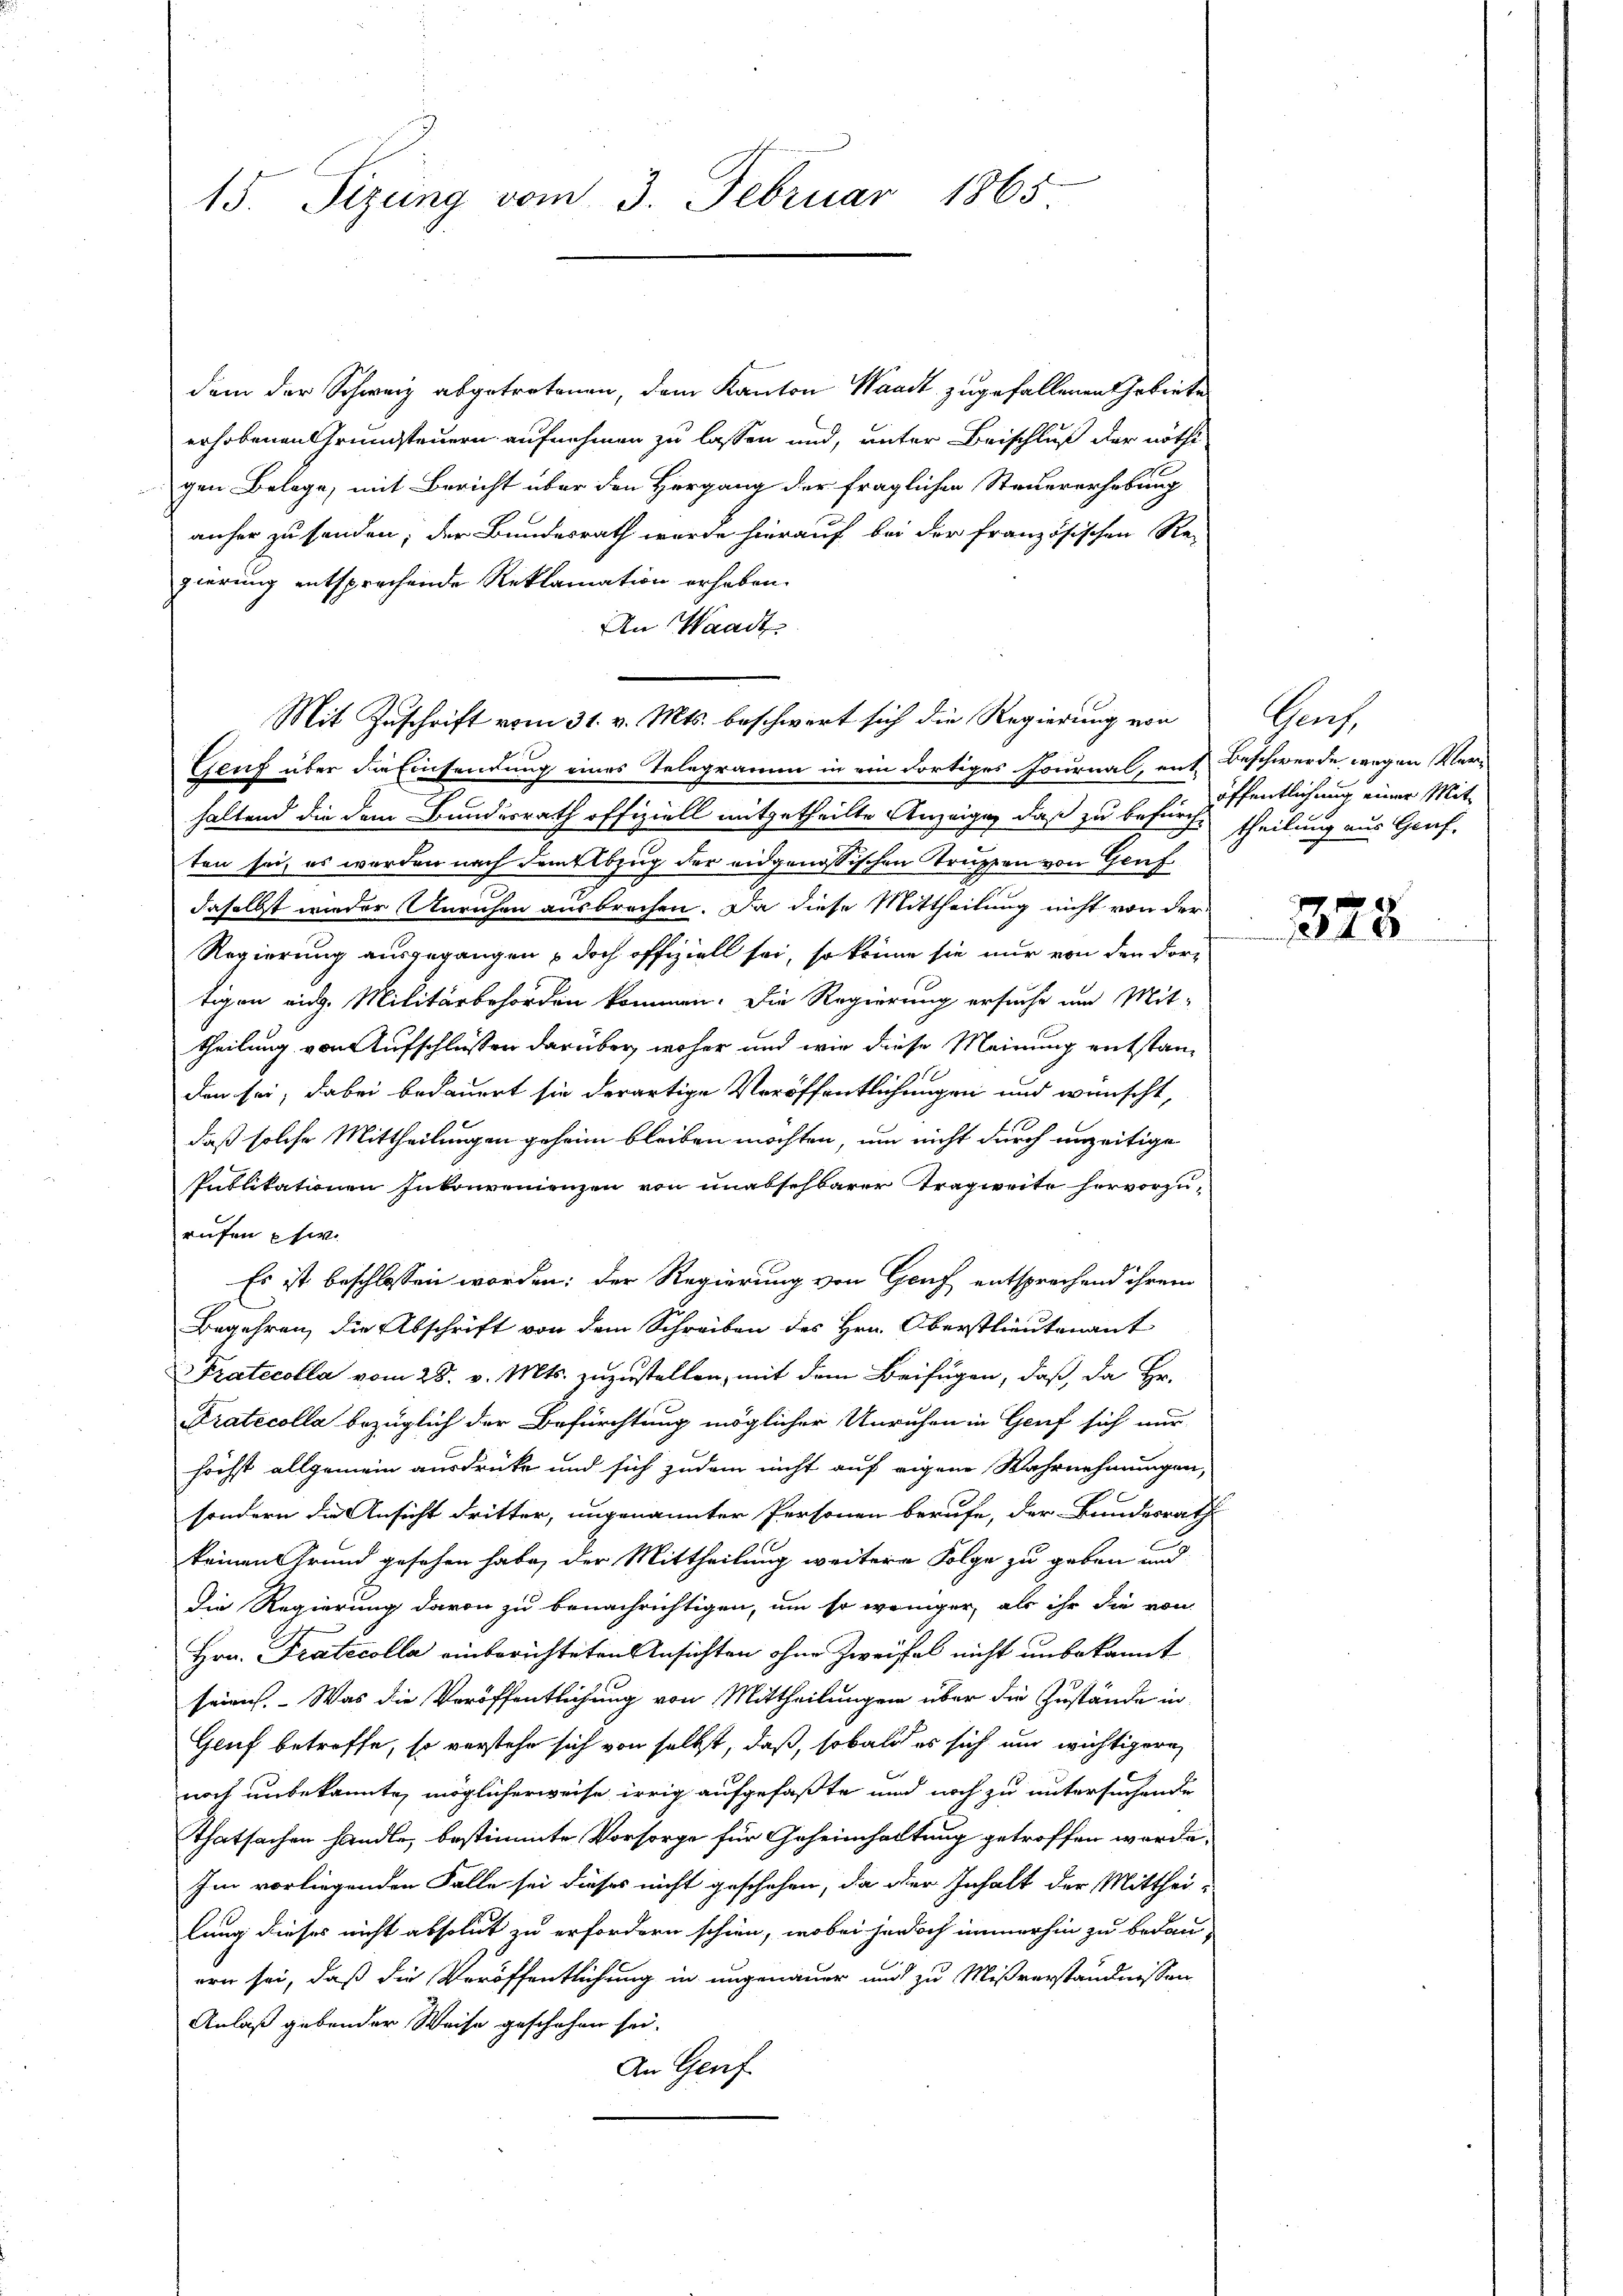
15. Sizung vom 3. Februar 1865

dem der Schweiz abgetretenen, dem Kanton Waadt zugefallenen Gebiete
erhobenen Grundsteuern aufnehmen zu lassen und, unter Beischluß der nöthigen Belege, mit Bericht über den Hergang der fraglichen Steuererhebung
anher zu senden; der Bundesrath werde hierauf bei der französischen Re-
gierung entsprechende Reklamation erheben.
An Waadt
Mit Zuschrift vom 31. v. Mts. beschwert sich die Regierung von
Genf über die Einsendung eines Telegramm in ein dortiges Journal, mit Beschwerde wegen Ver-
haltend die dem Bundesrath offiziell mitgetheilte Anzeige, daß zu befürche theilung aus Graf-
ten sei, es werden nach Demelbzug der eidgenössischen Truppen von Genf
daselbst wieder Unruhen ausbrechen. Da diese Mittheilung nicht von der
Regierung ausgegangen, doch offiziell sei, so könne sie nur von den For-
tigen eidg. Militärbehörden kommen. Die Regierung ersuche und Mit-
theilung von Aufschlüßen darüber, woher und wie diese Meinung entstanden sei, dabei bedauert sie derartige Veröffentlichungen und wünscht,
daß solche Mittheilungen geheim bleiben möchten, um nicht durch unzeitige
Publikationen Inkonvenienzen von unabsehbarer Tragweite hervorzurufen pf
Es ist beschlossen worden; der Regierung von Genf entsprechend ihrem
Begehren, die Abschrift von dem Schreiben des Hrn. Oberstlieutenant
Pratecolla vom 28. v. Mts. zuzustellen, mit dem Beifügen, daß, da Hr.
Pratecolla bezüglich der Befürchtung möglicher Unruhen in Genf sich nur
höchst allgemein ausdrücke und sich zudem nicht auf eigene Wahrnehmungen,
sondern die Ansicht dritter, ungenannter Personen berufe, der Bundesrath
keinen Grund gesehen habe, der Mittheilung weitere Folge zu geben und
Die Regierung davon zu benachrichtigen, um so weniger, als ihr die von
Hrn. Pratecolla einberichteten Ansichten ohne Zweifel nicht unbekannt
seien. Was die Veröffentlichung von Mittheilungen über die Zustände in
Geuf betreffe, so verstehe sich von selbst, daß, sobald es sich und wichtigere
noch unbekannte, möglicherweise irrig aufgefaßte und noch zu untersuchende
Thatsachen handle, bestimmte Vorsorge für Geheimhaltung getroffen worde.
Im vorliegenden Falle sei dieses nicht geschehen, da der Inhalt der Mittheilung dieses nicht absolut zu erfordern schien, wobei jedoch immerhin zu bedau-
ern sei, daß die Veröffentlichung in ungenauer und zu Mißverständnissen
Anlaß gebender Weise geschehen sei.
An Genf

Ges.
öffentlichung einer Mit¬

378